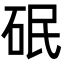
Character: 䂥